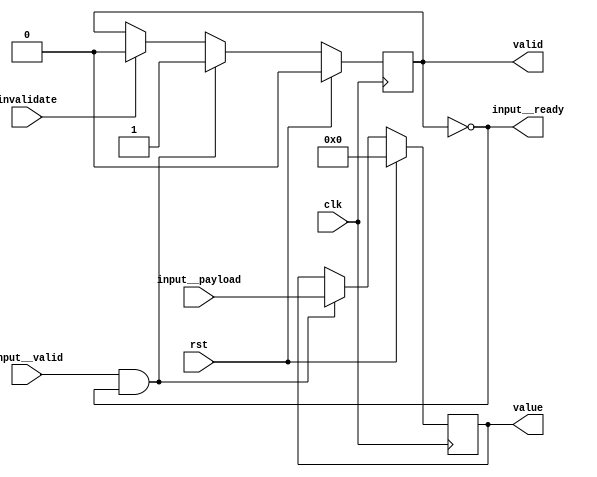
module reg_30(clk, input__valid, input__payload, input__ready, invalidate, valid, value, rst);
  reg \initial  = 0;
  (* src = "/media/tim/GIT/tcal-x/CFU-Playground/proj/hps_accel/gateware/gen1/get.py:72" *)
  wire \$1 ;
  (* src = "/media/tim/GIT/tcal-x/CFU-Playground/proj/hps_accel/gateware/stream/stream.py:98" *)
  wire \$3 ;
  (* src = "/media/tim/GIT/tcal-x/CFU-Playground/proj/hps_accel/gateware/stream/stream.py:98" *)
  wire \$5 ;
  (* src = "/media/tim/GIT/tcal-x/CFU-Playground/third_party/python/nmigen/nmigen/hdl/ir.py:524" *)
  input clk;
  (* src = "/media/tim/GIT/tcal-x/CFU-Playground/proj/hps_accel/gateware/gen1/get.py:63" *)
  input [31:0] input__payload;
  (* src = "/media/tim/GIT/tcal-x/CFU-Playground/proj/hps_accel/gateware/gen1/get.py:63" *)
  output input__ready;
  (* src = "/media/tim/GIT/tcal-x/CFU-Playground/proj/hps_accel/gateware/gen1/get.py:63" *)
  input input__valid;
  (* src = "/media/tim/GIT/tcal-x/CFU-Playground/proj/hps_accel/gateware/gen1/get.py:64" *)
  input invalidate;
  (* src = "/media/tim/GIT/tcal-x/CFU-Playground/third_party/python/nmigen/nmigen/hdl/ir.py:524" *)
  input rst;
  (* src = "/media/tim/GIT/tcal-x/CFU-Playground/proj/hps_accel/gateware/gen1/get.py:65" *)
  output valid;
  reg valid = 1'h0;
  (* src = "/media/tim/GIT/tcal-x/CFU-Playground/proj/hps_accel/gateware/gen1/get.py:65" *)
  reg \valid$next ;
  (* src = "/media/tim/GIT/tcal-x/CFU-Playground/proj/hps_accel/gateware/gen1/get.py:66" *)
  output [31:0] value;
  reg [31:0] value = 32'd0;
  (* src = "/media/tim/GIT/tcal-x/CFU-Playground/proj/hps_accel/gateware/gen1/get.py:66" *)
  reg [31:0] \value$next ;
  assign \$1  = ~ (* src = "/media/tim/GIT/tcal-x/CFU-Playground/proj/hps_accel/gateware/gen1/get.py:72" *) valid;
  assign \$3  = input__valid & (* src = "/media/tim/GIT/tcal-x/CFU-Playground/proj/hps_accel/gateware/stream/stream.py:98" *) input__ready;
  assign \$5  = input__valid & (* src = "/media/tim/GIT/tcal-x/CFU-Playground/proj/hps_accel/gateware/stream/stream.py:98" *) input__ready;
  always @(posedge clk)
    value <= \value$next ;
  always @(posedge clk)
    valid <= \valid$next ;
  always @* begin
    if (\initial ) begin end
    \valid$next  = valid;
    (* src = "/media/tim/GIT/tcal-x/CFU-Playground/proj/hps_accel/gateware/gen1/get.py:73" *)
    casez (invalidate)
      /* src = "/media/tim/GIT/tcal-x/CFU-Playground/proj/hps_accel/gateware/gen1/get.py:73" */
      1'h1:
          \valid$next  = 1'h0;
    endcase
    (* src = "/media/tim/GIT/tcal-x/CFU-Playground/proj/hps_accel/gateware/gen1/get.py:75" *)
    casez (\$3 )
      /* src = "/media/tim/GIT/tcal-x/CFU-Playground/proj/hps_accel/gateware/gen1/get.py:75" */
      1'h1:
          \valid$next  = 1'h1;
    endcase
    (* src = "/media/tim/GIT/tcal-x/CFU-Playground/third_party/python/nmigen/nmigen/hdl/xfrm.py:519" *)
    casez (rst)
      1'h1:
          \valid$next  = 1'h0;
    endcase
  end
  always @* begin
    if (\initial ) begin end
    \value$next  = value;
    (* src = "/media/tim/GIT/tcal-x/CFU-Playground/proj/hps_accel/gateware/gen1/get.py:75" *)
    casez (\$5 )
      /* src = "/media/tim/GIT/tcal-x/CFU-Playground/proj/hps_accel/gateware/gen1/get.py:75" */
      1'h1:
          \value$next  = input__payload;
    endcase
    (* src = "/media/tim/GIT/tcal-x/CFU-Playground/third_party/python/nmigen/nmigen/hdl/xfrm.py:519" *)
    casez (rst)
      1'h1:
          \value$next  = 32'd0;
    endcase
  end
  assign input__ready = \$1 ;
endmodule